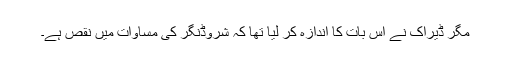
مگر ڈیراک نے اس بات کا اندازہ کر لیا تھا کہ شروڈنگر کی مساوات میں نقص ہے۔